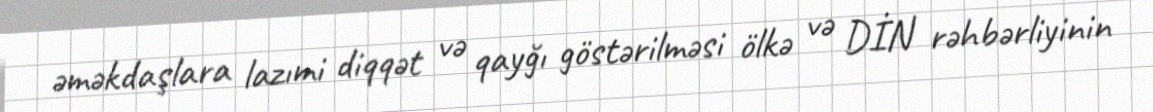
əməkdaşlara lazımi diqqət və qayğı göstərilməsi ölkə və DİN rəhbərliyinin